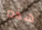
هذه